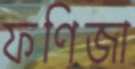
ফণিজা